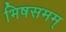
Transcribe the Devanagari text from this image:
भिषसमम्